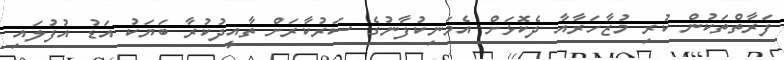
ފަރާތްތަކުން ކުރި މުޒާހަރާއާ ދެކޮޅަށް އެމަނިކުފާނުގެ ސަރުކާރަށް ތާއީދުކުރާ ބަޔަކު އަޑު އުފުލައި